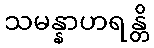
သမန္နာဟရန္တိ